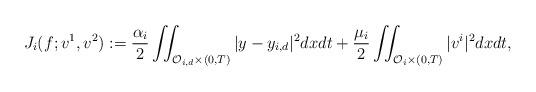
LaTeX: \begin{align*}J_i(f;v^1,v^2):= \dfrac{\alpha_i}{2} \iint_{\mathcal{O}_{i,d} \times (0,T)} |y-y_{i,d}|^2 dxdt + \dfrac{\mu_i}{2} \iint_{\mathcal{O}_i \times (0,T)} |v^i|^2 dxdt,\end{align*}